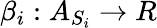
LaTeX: \beta_{i}:A_{S_{i}}\rightarrow R